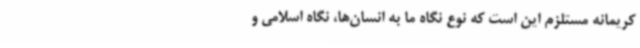
کریمانه مستلزم این است که نوع نگاه ما به انسان‌ها، نگاه اسلامی و